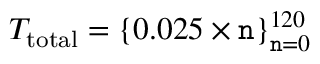
T _ { \mathrm { t o t a l } } = \{ 0 . 0 2 5 \times \mathtt { n } \} _ { \mathtt { n } = 0 } ^ { 1 2 0 }